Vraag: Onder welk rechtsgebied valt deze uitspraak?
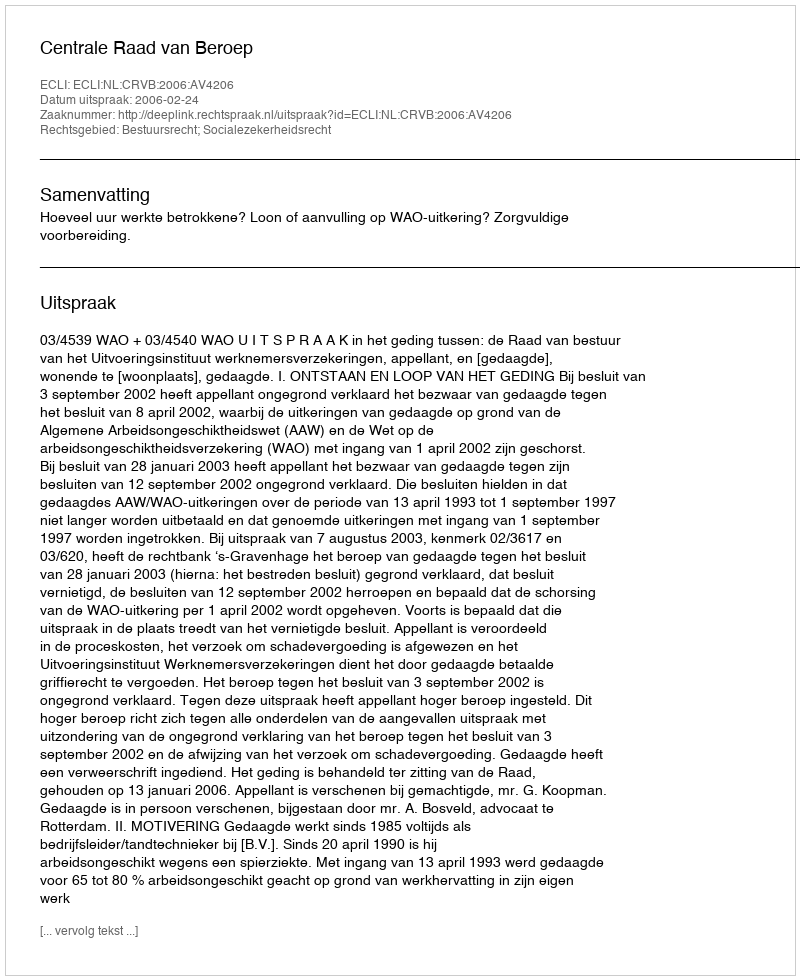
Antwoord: Bestuursrecht; Socialezekerheidsrecht